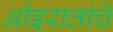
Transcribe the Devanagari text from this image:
ओइरातांचे